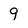
Character: 9